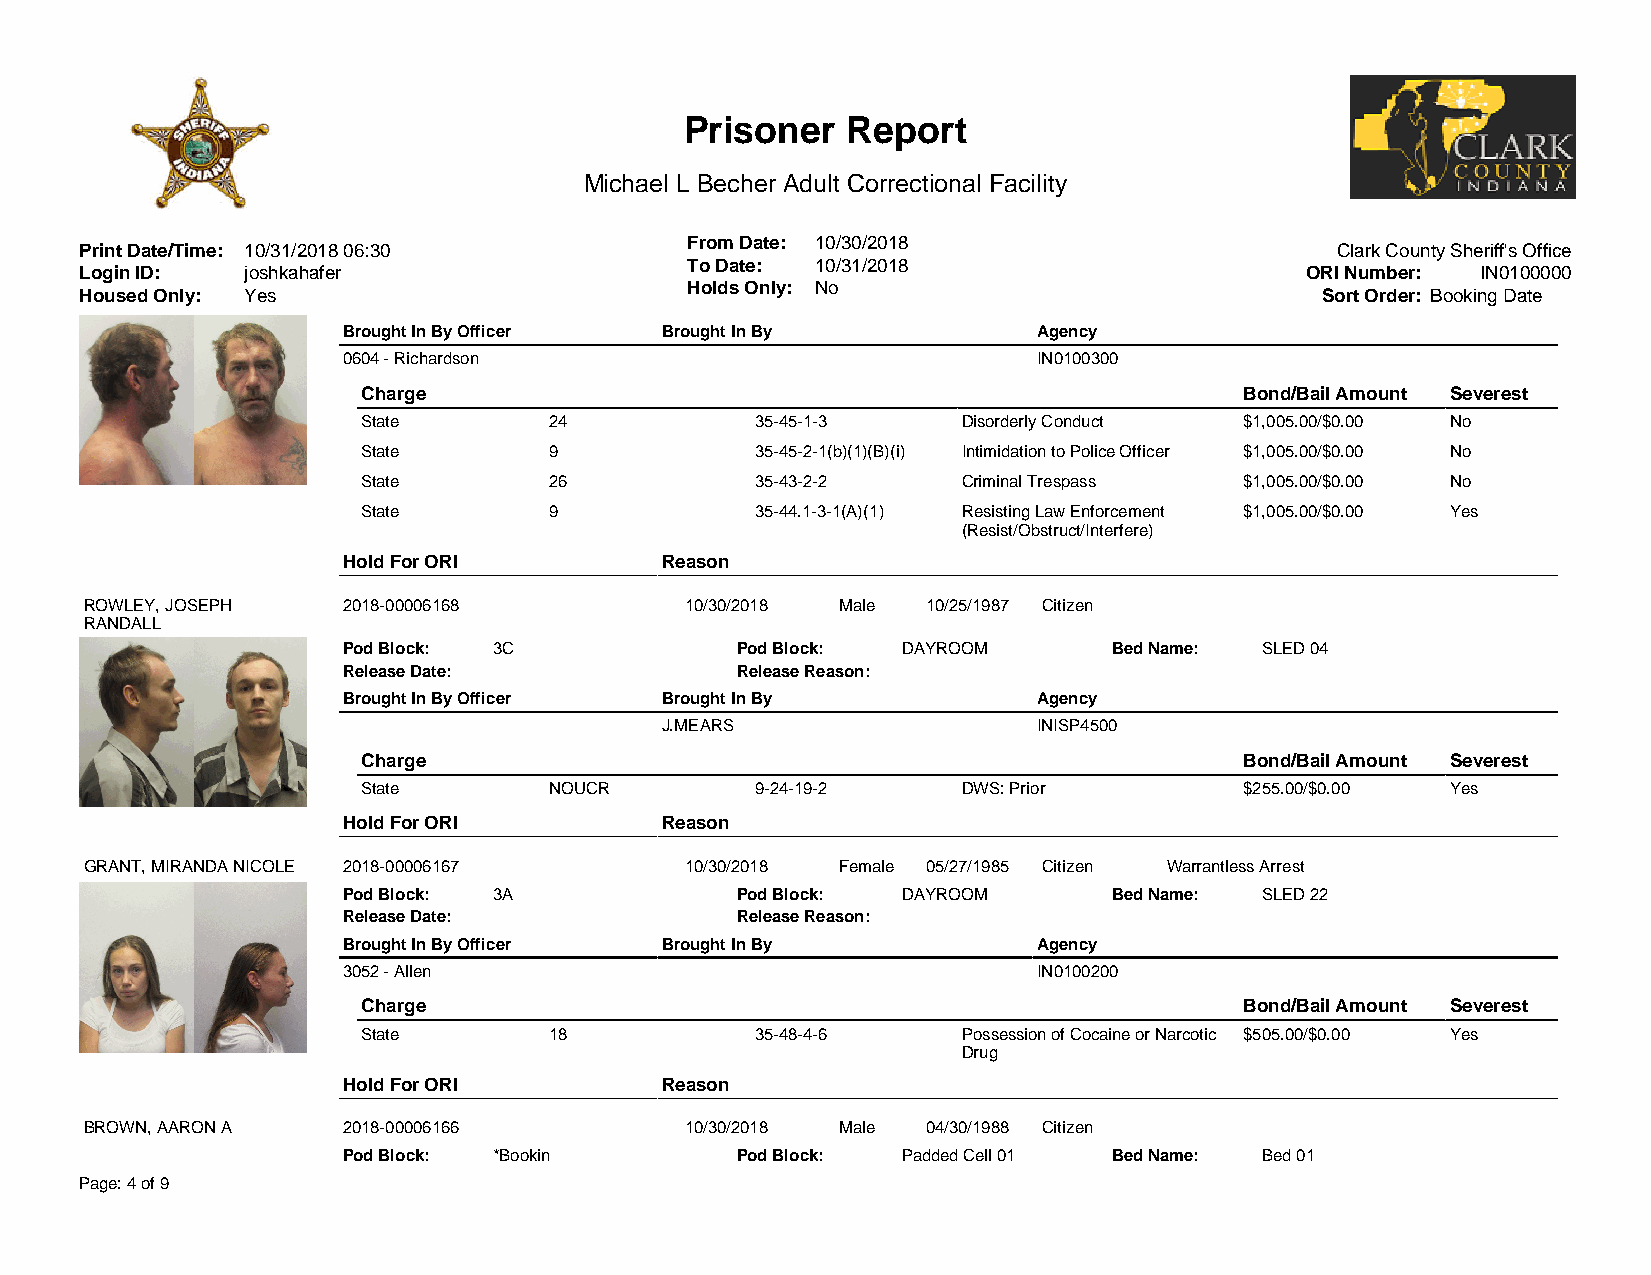
Prisoner   Report
 Michael L Becher Adult Correctional Facility
 From Date: 10/30/2018
 Print Date/Time: 10/31/2018 06:30                                                  Clark County Sheriff's Office
 To Date: 10/31/2018
 Login ID:  joshkahafer                                                           ORI Number: IN0100000
 Holds Only: No
 Housed Only: Yes                                                                  Sort Order: Booking Date
 Brought In By Officer Brought In By           Agency
 0604 - Richardson                             IN0100300
 Charge                                                    Bond/Bail Amount Severest
 State       24            35-45-1-3     Disorderly Conduct $1,005.00/$0.00 No
 State       9             35-45-2-1(b)(1)(B)(i) Intimidation to Police Officer $1,005.00/$0.00 No
 State       26            35-43-2-2     Criminal Trespass $1,005.00/$0.00 No
 State       9             35-44.1-3-1(A)(1) Resisting Law Enforcement $1,005.00/$0.00 Yes
 (Resist/Obstruct/Interfere)
 Hold For ORI         Reason
 ROWLEY, JOSEPH   2018-00006168         10/30/2018 Male 10/25/1987 Citizen
 RANDALL
 Pod Block: 3C             Pod Block: DAYROOM       Bed Name: SLED 04
 Release Date:             Release Reason:
 Brought In By Officer Brought In By           Agency
 J.MEARS                  INISP4500
 Charge                                                    Bond/Bail Amount Severest
 State       NOUCR         9-24-19-2     DWS: Prior        $255.00/$0.00 Yes
 Hold For ORI         Reason
 GRANT, MIRANDA NICOLE 2018-00006167    10/30/2018 Female 05/27/1985 Citizen Warrantless Arrest
 Pod Block: 3A             Pod Block: DAYROOM       Bed Name: SLED 22
 Release Date:             Release Reason:
 Brought In By Officer Brought In By           Agency
 3052 - Allen                                  IN0100200
 Charge                                                    Bond/Bail Amount Severest
 State       18            35-48-4-6     Possession of Cocaine or Narcotic $505.00/$0.00 Yes
 Drug
 Hold For ORI         Reason
 BROWN, AARON A   2018-00006166         10/30/2018 Male 04/30/1988 Citizen
 Pod Block: *Bookin        Pod Block: Padded Cell 01 Bed Name: Bed 01
 Page: 4 of 9
 Page: 4 of 9